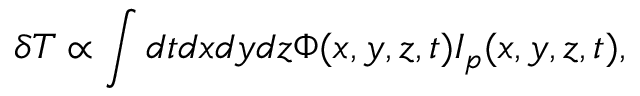
\delta T \propto \int d t d x d y d z \Phi ( x , y , z , t ) I _ { p } ( x , y , z , t ) ,